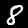
Digit: 8